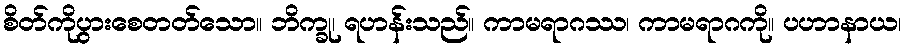
စိတ်ကိုပွားစေတတ်သော။ ဘိက္ခု၊ ရဟန်းသည်။ ကာမရာဂဿ၊ ကာမရာဂကို။ ပဟာနာယ၊